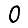
Digit: 0